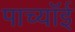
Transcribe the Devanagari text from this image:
पाच्यॉई